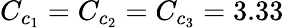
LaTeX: C_{c_{1}}=C_{c_{2}}=C_{c_{3}}=3.33